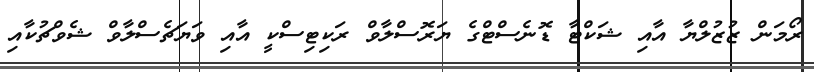
ރޯމަން ޒުޒުލްޔާ އާއި ޝަކްޓާ ޑޮނެސްޓްގެ ޔަރޮސްލާވް ރަކިޓިސްކީ އާއި ވަޔަޗެސްލާވް ޝެވްޗުކާއި